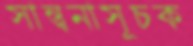
সান্ত্বনাসূচক